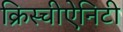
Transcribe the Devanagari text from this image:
क्रिस्चीऐनिटी